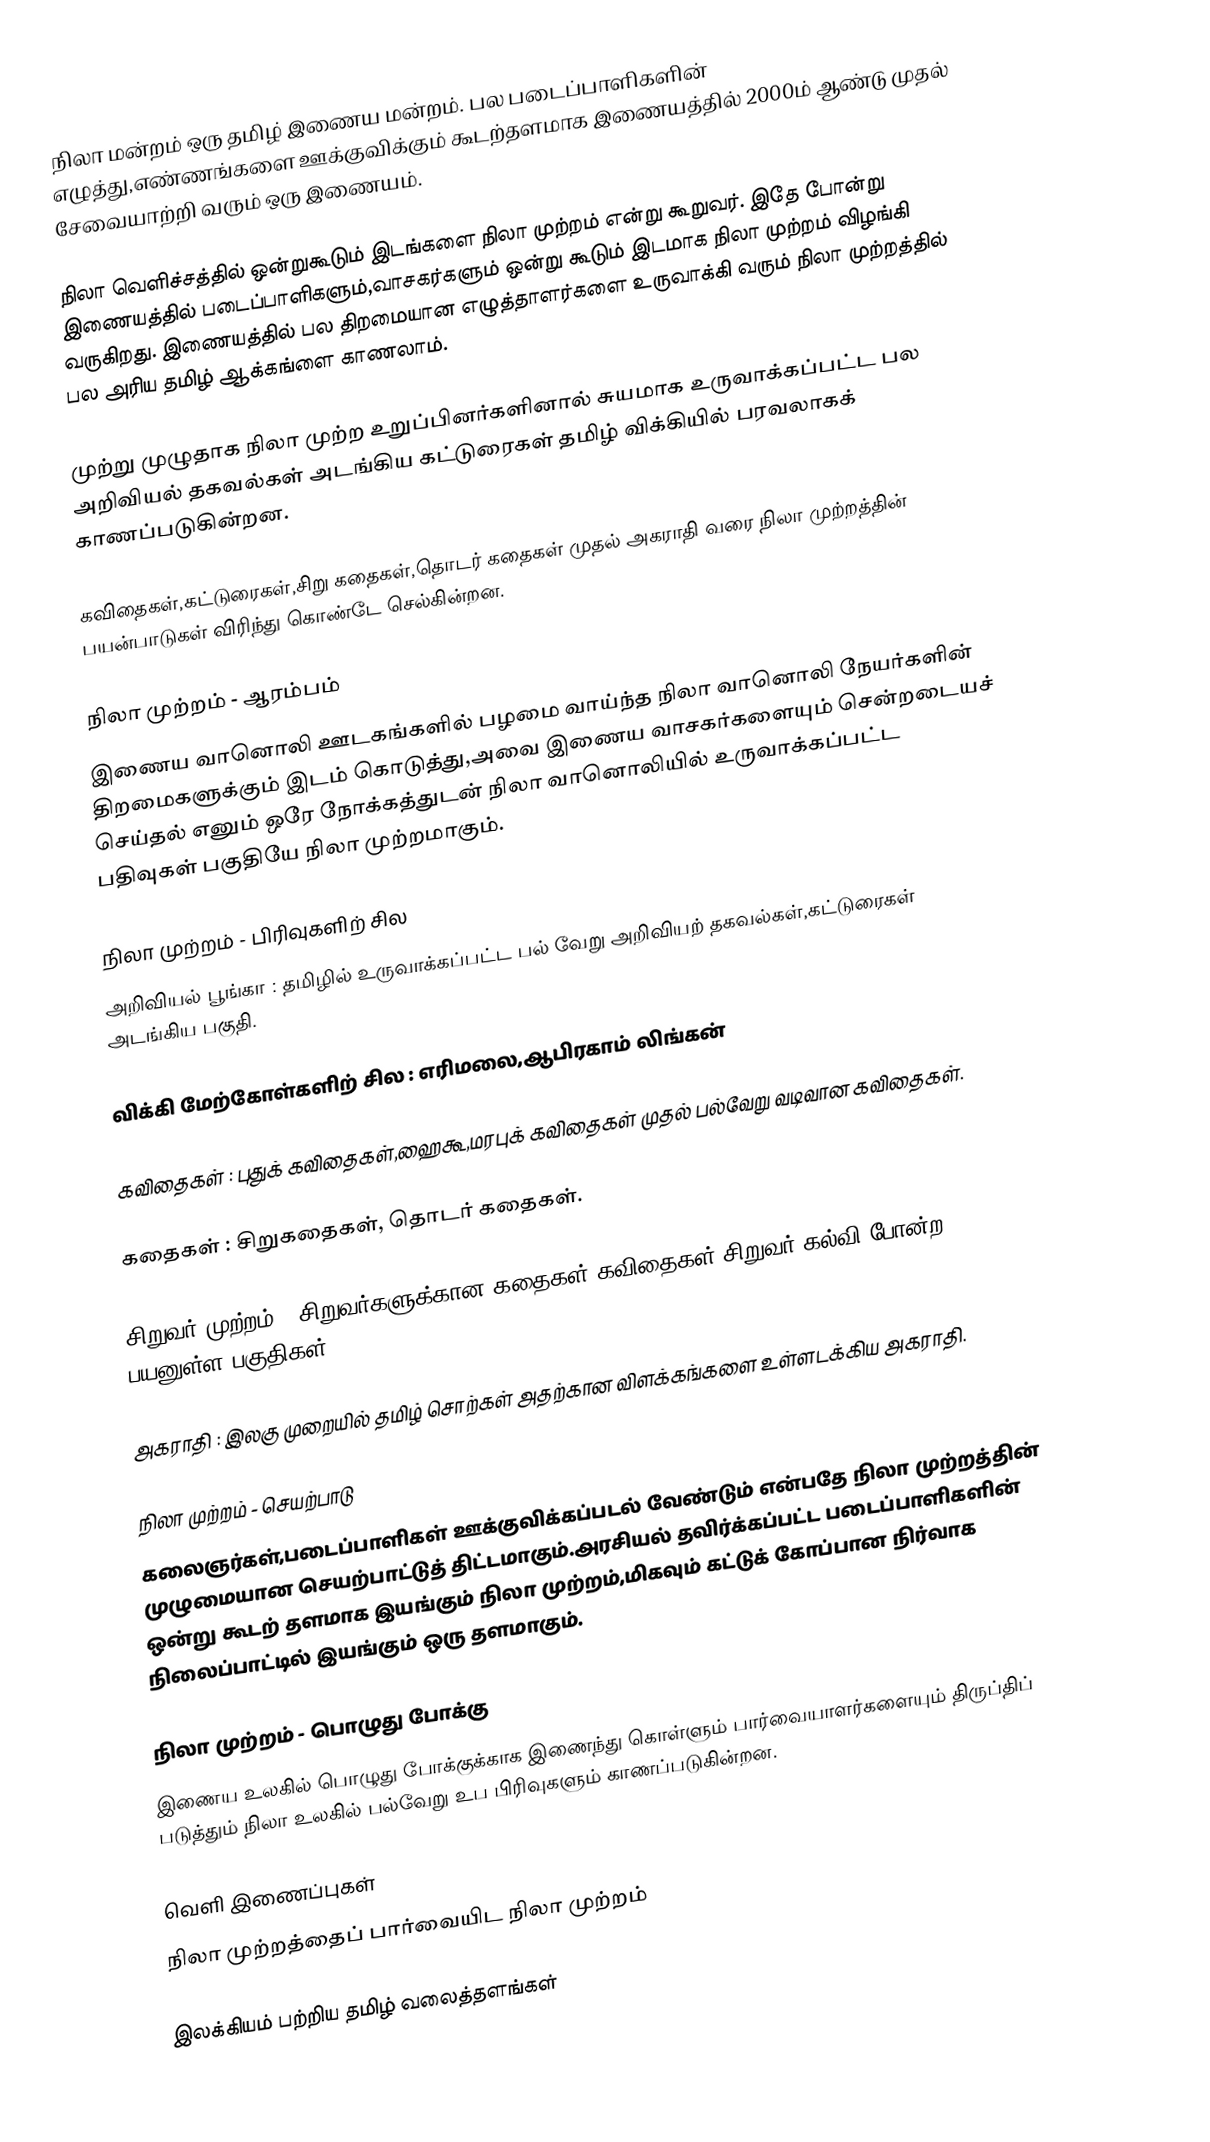
நிலா மன்றம் ஒரு தமிழ் இணைய மன்றம்.  பல படைப்பாளிகளின் எழுத்து,எண்ணங்களை ஊக்குவிக்கும் கூடற்தளமாக இணையத்தில் 2000ம் ஆண்டு முதல் சேவையாற்றி வரும் ஒரு இணையம்.

நிலா வெளிச்சத்தில் ஒன்றுகூடும் இடங்களை நிலா முற்றம் என்று கூறுவர்.  இதே போன்று இணையத்தில் படைப்பாளிகளும்,வாசகர்களும் ஒன்று கூடும் இடமாக நிலா முற்றம் விழங்கி வருகிறது.  இணையத்தில் பல திறமையான எழுத்தாளர்களை உருவாக்கி வரும் நிலா முற்றத்தில் பல அரிய தமிழ் ஆக்கங்ளை காணலாம்.

முற்று முழுதாக நிலா முற்ற உறுப்பினர்களினால் சுயமாக உருவாக்கப்பட்ட பல அறிவியல் தகவல்கள் அடங்கிய கட்டுரைகள் தமிழ் விக்கியில் பரவலாகக் காணப்படுகின்றன.

கவிதைகள்,கட்டுரைகள்,சிறு கதைகள்,தொடர் கதைகள் முதல் அகராதி வரை நிலா முற்றத்தின் பயன்பாடுகள் விரிந்து கொண்டே செல்கின்றன.

நிலா முற்றம் - ஆரம்பம்
இணைய வானொலி ஊடகங்களில் பழமை வாய்ந்த நிலா வானொலி  நேயர்களின் திறமைகளுக்கும் இடம் கொடுத்து,அவை இணைய வாசகர்களையும் சென்றடையச் செய்தல் எனும் ஒரே நோக்கத்துடன் நிலா வானொலியில் உருவாக்கப்பட்ட பதிவுகள் பகுதியே நிலா முற்றமாகும்.

நிலா முற்றம் - பிரிவுகளிற் சில
அறிவியல் பூங்கா : தமிழில் உருவாக்கப்பட்ட பல் வேறு அறிவியற் தகவல்கள்,கட்டுரைகள் அடங்கிய பகுதி.

விக்கி மேற்கோள்களிற் சில : எரிமலை,ஆபிரகாம் லிங்கன்

கவிதைகள்  : புதுக் கவிதைகள்,ஹைகூ,மரபுக் கவிதைகள் முதல் பல்வேறு வடிவான கவிதைகள்.

கதைகள் : சிறுகதைகள், தொடர் கதைகள்.

சிறுவர் முற்றம் : சிறுவர்களுக்கான கதைகள்,கவிதைகள்,சிறுவர் கல்வி போன்ற பயனுள்ள பகுதிகள்.

அகராதி  : இலகு முறையில் தமிழ் சொற்கள் அதற்கான விளக்கங்களை உள்ளடக்கிய அகராதி.

நிலா முற்றம் - செயற்பாடு
கலைஞர்கள்,படைப்பாளிகள் ஊக்குவிக்கப்படல் வேண்டும் என்பதே நிலா முற்றத்தின் முழுமையான செயற்பாட்டுத் திட்டமாகும்.அரசியல் தவிர்க்கப்பட்ட படைப்பாளிகளின் ஒன்று கூடற் தளமாக இயங்கும் நிலா முற்றம்,மிகவும் கட்டுக் கோப்பான நிர்வாக நிலைப்பாட்டில் இயங்கும் ஒரு தளமாகும்.

நிலா முற்றம் - பொழுது போக்கு
இணைய உலகில் பொழுது போக்குக்காக இணைந்து கொள்ளும் பார்வையாளர்களையும் திருப்திப் படுத்தும் நிலா உலகில் பல்வேறு உப பிரிவுகளும் காணப்படுகின்றன.

வெளி இணைப்புகள்
 நிலா முற்றத்தைப் பார்வையிட நிலா முற்றம்

இலக்கியம் பற்றிய தமிழ் வலைத்தளங்கள்